Report on the bubonic plague in Bombay, 1896-1897
Year: 1896
Disease focus: Plague
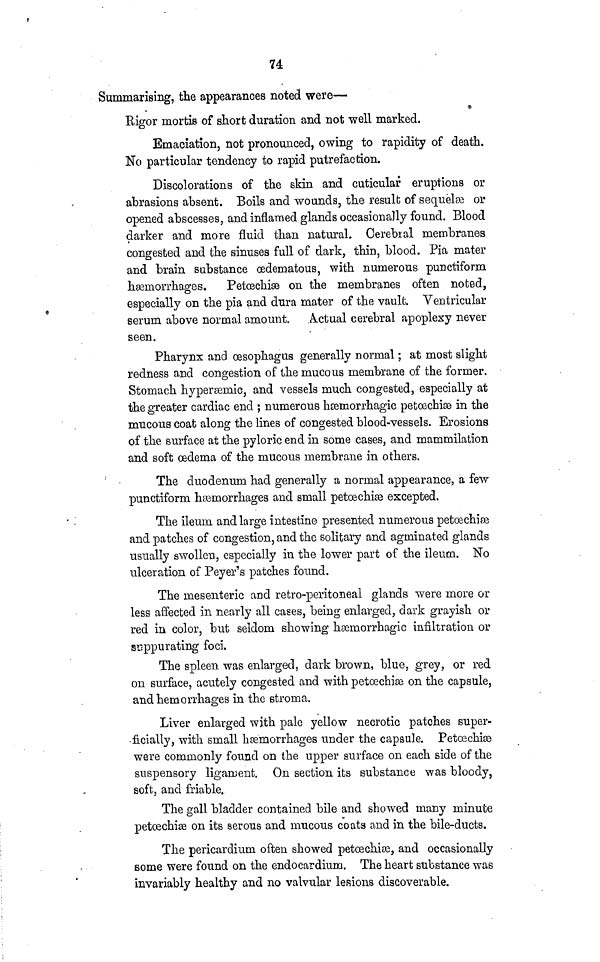
74
Summarising, the appearances noted were—
Rigor mortis of short duration and not well marked.
Emaciation, not pronounced, owing to rapidity of death.
No particular tendency to rapid putrefaction.
Discolorations of the skin and cuticular eruptions or
abrasions absent. Boils and wounds, the result of sequelæ or
opened abscesses, and inflamed glands occasionally found. Blood
darker and more fluid than natural. Cerebral membranes
congested and the sinuses full of dark, thin, blood. Pia mater
and brain substance ædematous, with numerous punctiform
hæmorrhages. Petæchiæ on the membranes often noted,
especially on the pia and dura mater of the vault. Ventricular
serum above normal amount. Actual cerebral apoplexy never
seen.
Pharynx and æsophagus generally normal ; at most slight
redness and congestion of the mucous membrane of the former.
Stomach hypergæmic, and vessels much congested, especially at
the greater cardiac end ; numerous hæmorrhagic petœchiæ in the
mucous coat along the lines of congested blood-vessels. Erosions
of the surface at the pyloric end in some cases, and mammilation
and soft oedema of the mucous membrane in others.
The duodenum had generally a normal appearance, a few
punctiform hæmorrhages and small petœchiæ excepted.
The ileum and large intestine presented numerous petœchiæ
and patches of congestion, and the solitary and agminated glands
usually swollen, especially in the lower part of the ileum. No
ulcération of Peyer's patches found.
The mesenteric and retro-peritoneal glands were more or
less affected in nearly all cases, being enlarged, dark grayish or
red in color, but seldom showing hæmorrhagic infiltration or
suppurating foci.
The spleen was enlarged, dark brown, blue, grey, or red
on surface, acutely congested and with petœchiæ on the capsule,
and hemorrhages in the stroma.
Liver enlarged with pale yellow necrotic patches super-
ficially, with small hæmorrhages under the capsule. Petœchiæ
were commonly found on the upper surface on each side of the
suspensory ligament. On section its substance was bloody,
soft, and friable.
The gall bladder contained bile and showed many minute
petœchiæ on its serous and mucous coats and in the bile-ducts.
The pericardium often showed petœchiæ, and occasionally
some were found on the endocardium. The heart substance was
invariably healthy and no valvular lesions discoverable.